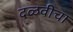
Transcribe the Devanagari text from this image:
दळवीचा